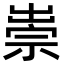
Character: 𥚢